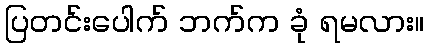
ပြတင်းပေါက် ဘက်က ခုံ ရမလား။